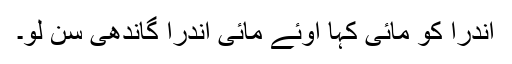
اندرا کو مائی کہا اوئے مائی اندرا گاندھی سن لو۔